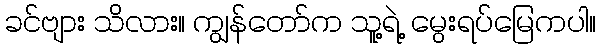
ခင်ဗျား သိလား။ ကျွန်တော်က သူ့ရဲ့ မွေးရပ်မြေကပါ။